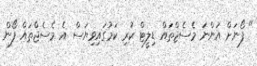
" ފޯނަށް އަންނަ މެސެޖްތައް ޑިލީޓް ކުރި ކަމުގައިވިޔަސް އެ މެސެޖްތައް ފޯން